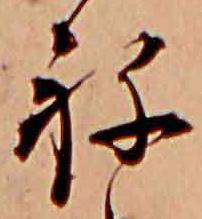
ね